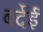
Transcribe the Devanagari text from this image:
बर्देई